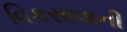
વિકસાવાની